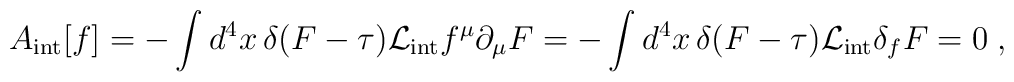
A_{\mathrm{int}}[f] = - \int d^4 x \, \delta(F -  \tau) \mathcal{L}_{\mathrm{int}} f^\mu \partial_\mu F    = - \int d^4 x \, \delta(F -\tau) \mathcal{L}_{\mathrm{int}}  \delta_f F  = 0 \; ,